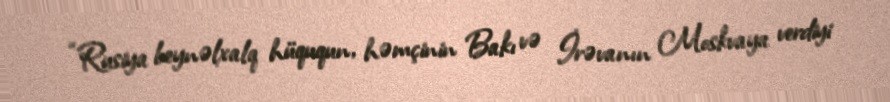
“Rusiya beynəlxalq hüququn, həmçinin Bakı və İrəvanın Moskvaya verdiyi